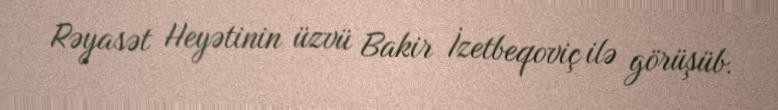
Rəyasət Heyətinin üzvü Bakir İzetbeqoviç ilə görüşüb.